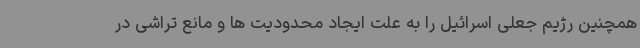
همچنین رژیم جعلی اسرائیل را به علت ایجاد محدودیت ها و مانع تراشی در